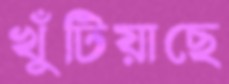
খুঁটিয়াছে